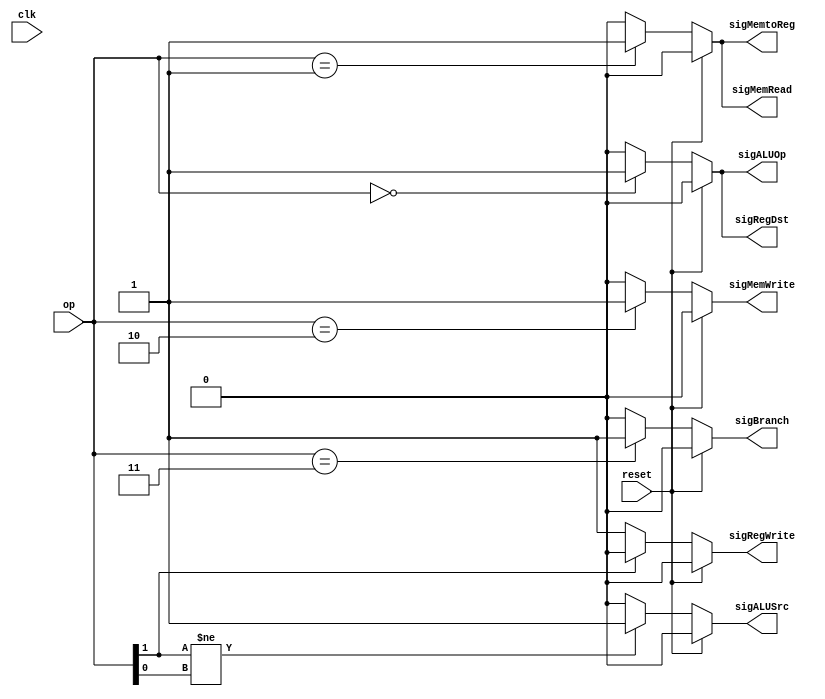
`timescale 1ns / 1ps

module Control
  (
   input       reset,
   input       clk,
   input [1:0] op,
   output      sigBranch,
   output      sigMemtoReg,
   output      sigMemRead,
   output      sigMemWrite,
   output      sigALUOp,
   output      sigALUSrc,
   output      sigRegWrite,
   output      sigRegDst
   );

   assign sigBranch = reset?1'b0:((op == 2'b11)?1'b1:1'b0);
   assign sigMemtoReg = reset?1'b0:((op == 2'b01)?1'b1:1'b0);
   assign sigMemRead = reset?1'b0:((op == 2'b01)?1'b1:1'b0);
   assign sigMemWrite = reset?1'b0:((op == 2'b10)?1'b1:1'b0);
   assign sigALUOp = reset?1'b0:((op == 2'b00)?1'b1:1'b0);
   assign sigALUSrc = reset?1'b0:((op[1] != op[0])?1'b1:1'b0);
   assign sigRegWrite = reset?1'b0:((op[1] == 1'b0)?1'b1:1'b0);
   assign sigRegDst = reset?1'b0:((op == 2'b00)?1'b1:1'b0);

endmodule // Control